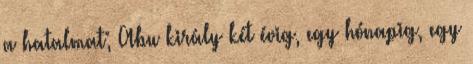
a hatalmat; Abu király két évig, egy hónapig, egy